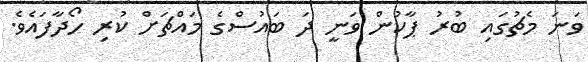
ވަނަ މެޗުގައި ބުރު ޕާކުން ވަނީ ދަ ބައުސްގެ މައްޗަށް ކުރި ހޯދާފައެވެ.